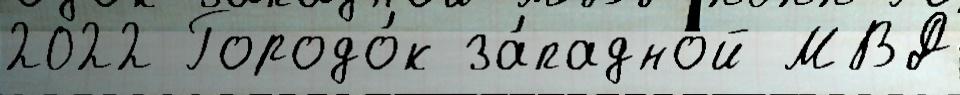
2022 Городо́к за́падной МВД